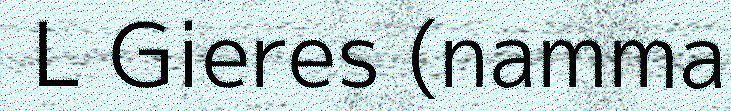
L Gieres (namma